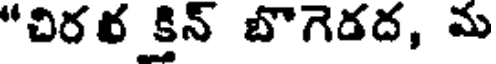
"చిరర క్తిన్ బొగెడద, మ